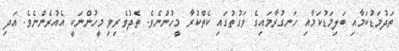
ތަދުމަޑުކަމާއި ބަލިމަޑުކަމާއި ހަނގުރާމައިގެ ވަގުތުގައި ކެތްކުރާ މީހުންނެވެ. ތެދުވެރިވި މީހުންނަކީ އެއުރެންނެވެ. އަދި